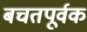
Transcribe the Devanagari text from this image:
बचतपूर्वक